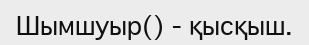
Шымшуыр() - қысқыш.